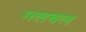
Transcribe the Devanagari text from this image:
गलबल